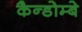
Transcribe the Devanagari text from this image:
कैन्डोम्बे